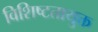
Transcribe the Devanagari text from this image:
विशिष्टतायुक्त